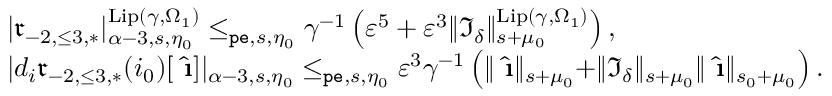
\begin{array} { r l } & { | \mathfrak { r } _ { - 2 , \le 3 , * } | _ { \alpha - 3 , s , \eta _ { 0 } } ^ { \mathrm { L i p } ( \gamma , \Omega _ { 1 } ) } \le _ { \mathtt { p e } , s , \eta _ { 0 } } \gamma ^ { - 1 } \left( \varepsilon ^ { 5 } + \varepsilon ^ { 3 } \rVert \mathfrak { I } _ { \delta } \rVert _ { s + \mu _ { 0 } } ^ { \mathrm { L i p } ( \gamma , \Omega _ { 1 } ) } \right) , } \\ & { | d _ { i } \mathfrak { r } _ { - 2 , \le 3 , * } ( i _ { 0 } ) [ \hat { \textbf { \i } } ] | _ { \alpha - 3 , s , \eta _ { 0 } } \le _ { \mathtt { p e } , s , \eta _ { 0 } } \varepsilon ^ { 3 } \gamma ^ { - 1 } \left( \rVert \hat { \textbf { \i } } \rVert _ { s + \mu _ { 0 } } + \rVert \mathfrak { I } _ { \delta } \rVert _ { s + \mu _ { 0 } } \rVert \hat { \textbf { \i } } \rVert _ { s _ { 0 } + \mu _ { 0 } } \right) . } \end{array}